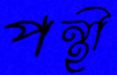
পন্থী